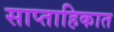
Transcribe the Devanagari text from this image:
साप्‍ताहिकात